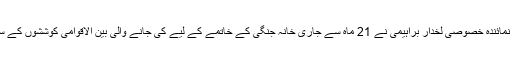
واشنگٹن — شام کے لیے اقوامِ متحدہ اور عرب لیگ کے نمائندہ خصوصی لخدار براہیمی نے 21 ماہ سے جاری خانہ جنگی کے خاتمے کے لیے کی جانے والی بین الاقوامی کوششوں کے سلسلے میں شام کے صدر بشار الاسد سے ملاقات کی ہے۔